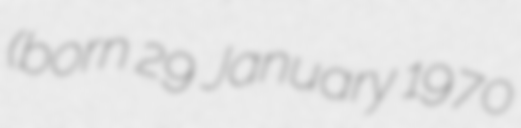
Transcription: (born 29 January 1970